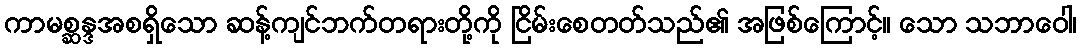
ကာမစ္ဆန္ဒအစရှိသော ဆန့်ကျင်ဘက်တရားတို့ကို ငြိမ်းစေတတ်သည်၏ အဖြစ်ကြောင့်။ သော သဘာဝေါ၊